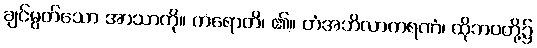
ချင်မွတ်သော အာသာကို။ ကရောတိ၊ ၏။ တံအဘိလာကရဏံ၊ ထိုဘဝတို့၌